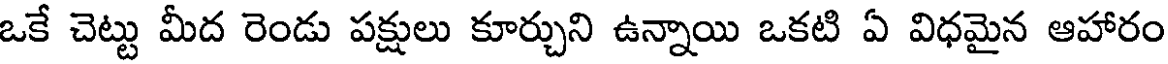
ఒకే చెట్టు మీద రెండు పక్షులు కూర్చుని ఉన్నాయి ఒకటి ఏ విధమైన ఆహారం